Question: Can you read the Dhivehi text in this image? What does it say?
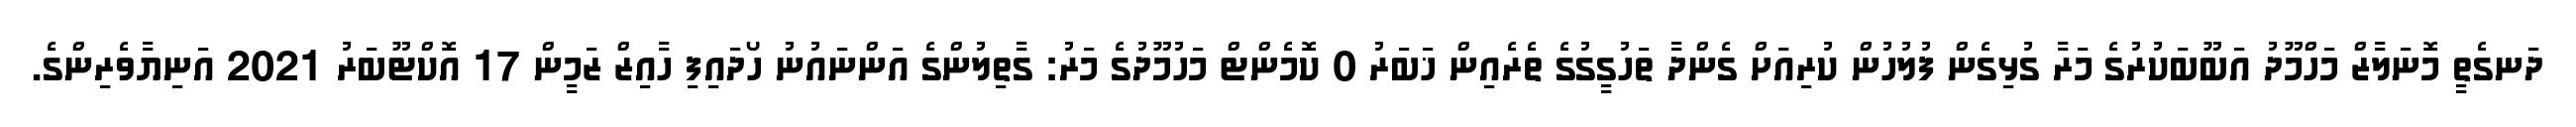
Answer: ދަނގެތީ މޮނަލާޒް މަހްމޫދު އަބޫބަކުރުގެ މަރާ ގުޅިގެން ފުލުހުން ކުރިއަށް ގެންދާ ތަހުގީގުގެ ތެރެއިން ޚަބަރު 0 ކޮމެންޓް މަހުމޫދުގެ މަރު: ގާތިލުންގެ އަންނައުނު ހޯދައިފި ހާއިޒް ޒަމީން 17 އޮކްޓޫބަރު 2021 އަނިޔާވެރިންގެ.